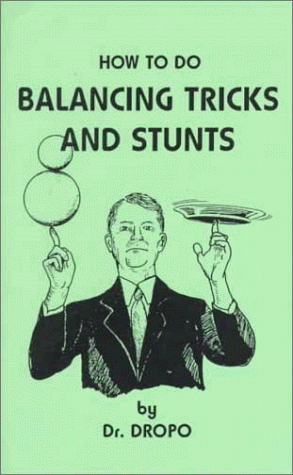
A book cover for How to Do Balancing Tricks and Stunts; Bruce Fife; Sports & Outdoors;